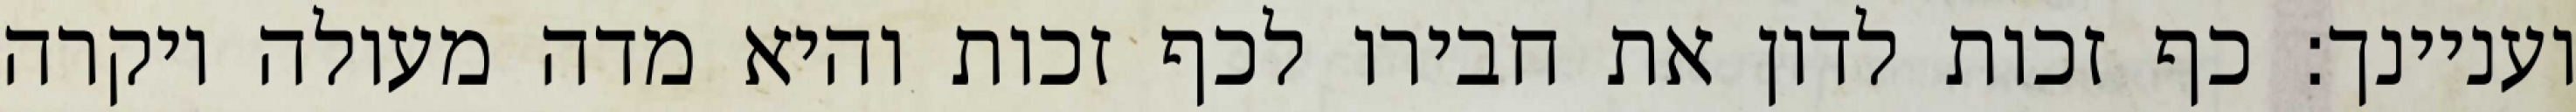
ועניינך: כף זכות לדון את חבירו לכף זכות והיא מדה מעולה ויקרה